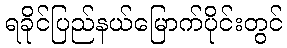
ရခိုင်ပြည်နယ်မြောက်ပိုင်းတွင်